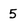
Character: 5